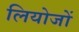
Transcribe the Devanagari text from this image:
लियोजों